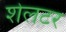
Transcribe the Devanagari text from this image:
शेलटर